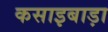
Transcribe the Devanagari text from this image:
कसाइबाड़ा